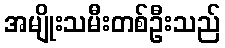
အမျိုးသမီးတစ်ဦးသည်